Vaccine operations Central Provinces 1886-1899 - 1886-1899
Year: 1886
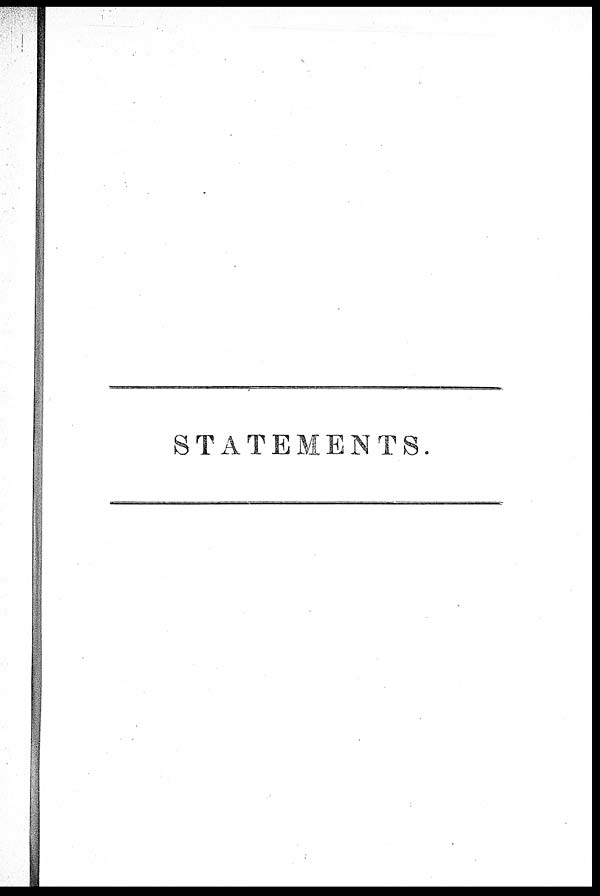
STATEMENTS.